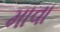
માવા